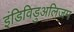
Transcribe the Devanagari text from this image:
इंडिविडुअलिज़म